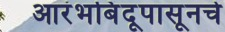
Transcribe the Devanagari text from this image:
आरंभबिंदूपासूनचे